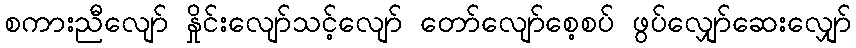
စကားညီလျော် နှိုင်းလျော်သင့်လျော် တော်လျော်စေ့စပ် ဖွပ်လျှော်ဆေးလျှော်